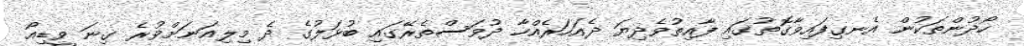
ހޯދުންތަކުން އެނގިފައިވާގޮތުގައި ފާއިތުވެދިޔަ ދެއަހަރެއްހާ ދުވަސްތެރޭގައި ބުޅަލުގެ ދެ މިލިއަނަށްވުރެ ގިނަ ވީޑިއޯ